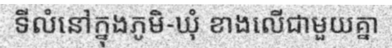
ទីលំនៅក្នុងភូមិ-ឃុំ ខាងលើជាមួយគ្នា